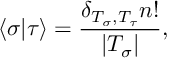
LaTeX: \langle \sigma | \tau \rangle = \frac { \delta _ { T _ { \sigma } , T _ { \tau } } n ! } { | T _ { \sigma } | } ,